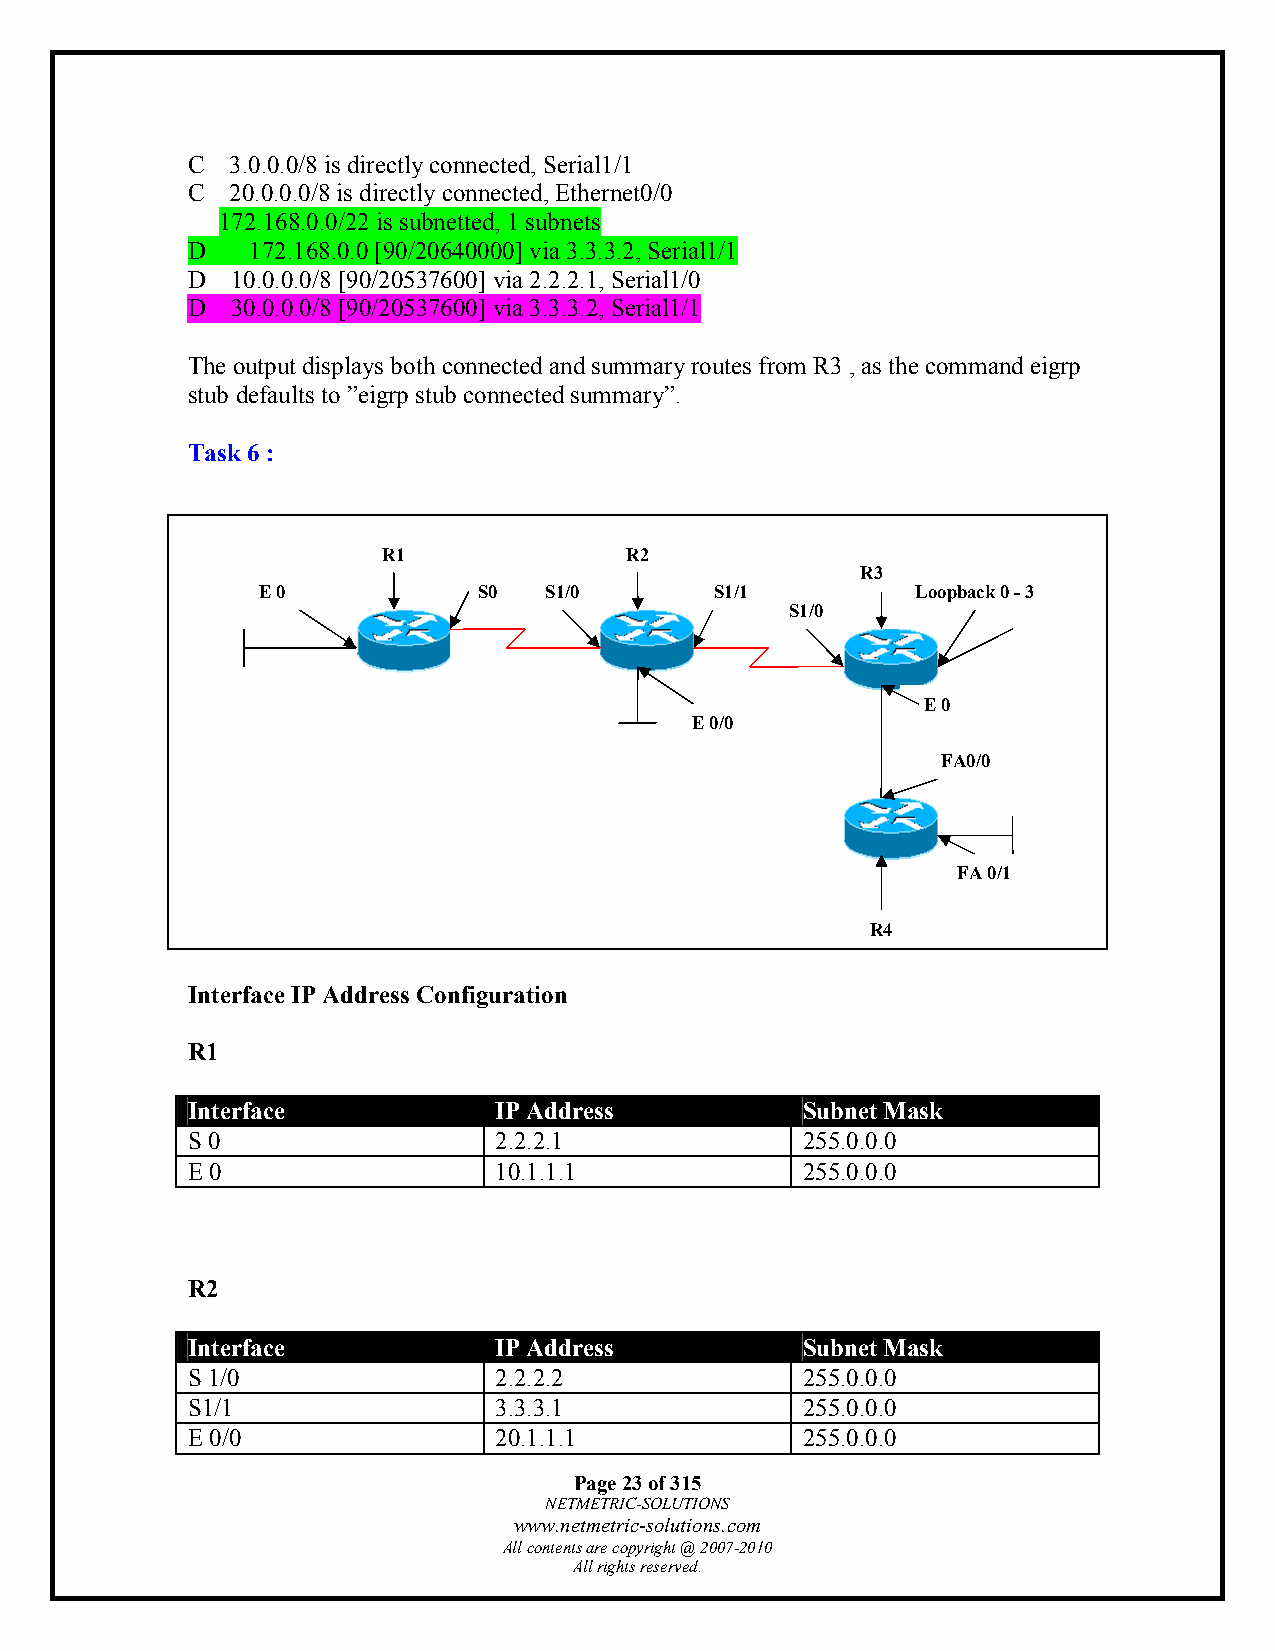
C  3.0.0.0/8 is directly connected, Serial1/1
 C  20.0.0.0/8 is directly connected, Ethernet0/0
 172.168.0.0/22 is subnetted, 1 subnets
 D    172.168.0.0 [90/20640000] via 3.3.3.2, Serial1/1
 D  10.0.0.0/8 [90/20537600] via 2.2.2.1, Serial1/0
 D  30.0.0.0/8 [90/20537600] via 3.3.3.2, Serial1/1
 The output displays both connected and summary routes from R3 , as the command eigrp
 stub defaults to ”eigrp stub connected summary”.
 Task 6 :
 R1              R2
 R3
 E 0            S0  S1/0       S1/1          Loopback 0 - 3
 S1/0
 E 0
 E 0/0
 FA0/0
 FA 0/1
 R4
 Interface IP Address Configuration
 R1
 Interface            IP Address          Subnet Mask
 S 0                  2.2.2.1             255.0.0.0
 E 0                  10.1.1.1            255.0.0.0
 R2
 Interface            IP Address          Subnet Mask
 S 1/0                2.2.2.2             255.0.0.0
 S1/1                 3.3.3.1             255.0.0.0
 E 0/0                20.1.1.1            255.0.0.0
 Page 23 of 315
 NETMETRIC-SOLUTIONS
 www.netmetric-solutions.com
 All contents are copyright @ 2007-2010
 All rights reserved.